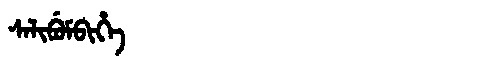
Manchu: ᠰᠠᠯᡳᠪᡠᠮᠪᡳᡥᡝ
Romanization: SALIBUMBIHE